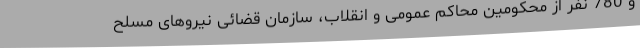
و 780 نفر از محکومین محاکم عمومی و انقلاب، سازمان قضائی نیروهای مسلح